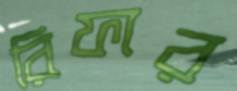
রিফার